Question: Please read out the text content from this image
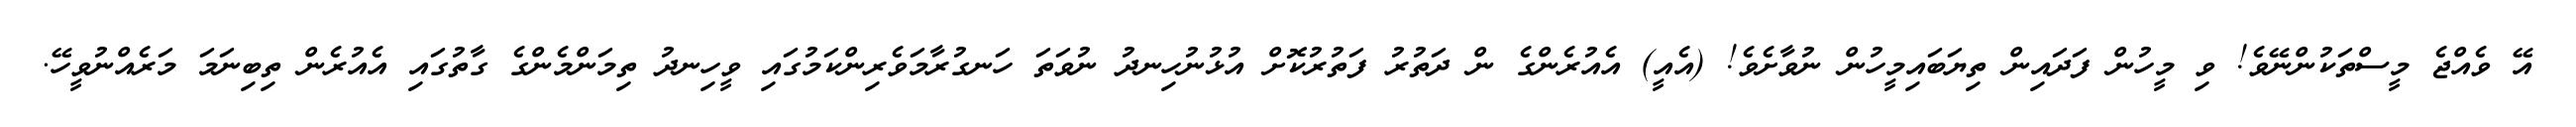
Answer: އޭ ވެއްޖެ މީސްތަކުންނޭވެ! ވި މީހުން ފަދައިން ތިޔަބައިމީހުން ނުވާށެވެ! (އެއީ) އެއުރެންގެ ން ދަތުރު ފަތުރުކޮށް އުޅުނުހިނދު ނުވަތަ ހަނގުރާމަވެރިންކަމުގައި ވީހިނދު ތިމަންމެންގެ ގާތުގައި އެއުރެން ތިބިނަމަ މަރެއްނުވީހޭ.